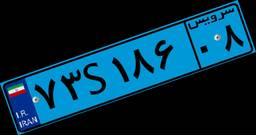
۷۳S۱۸۶۰۸